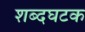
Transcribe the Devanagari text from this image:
शब्दघटक